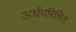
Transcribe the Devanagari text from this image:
अर्धपरिचित